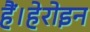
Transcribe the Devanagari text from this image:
हैं।हेरोइन